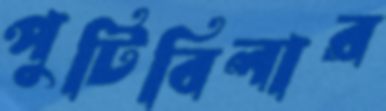
পুটিবিলার